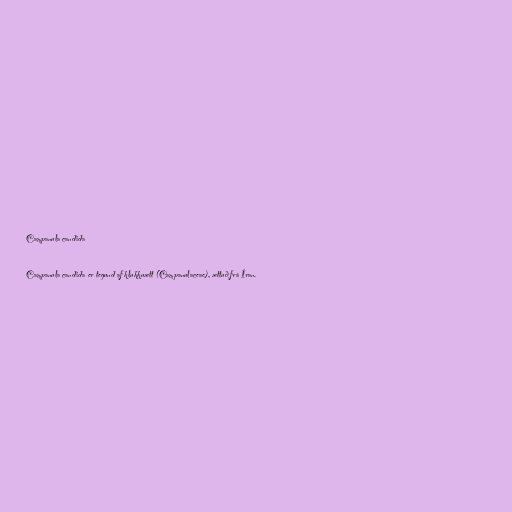
Campanula candida

Campanula candida er tegund af klukkuætt (Campanulaceae), ættuð frá Íran.